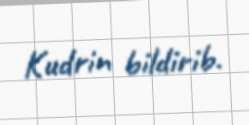
Kudrin bildirib.